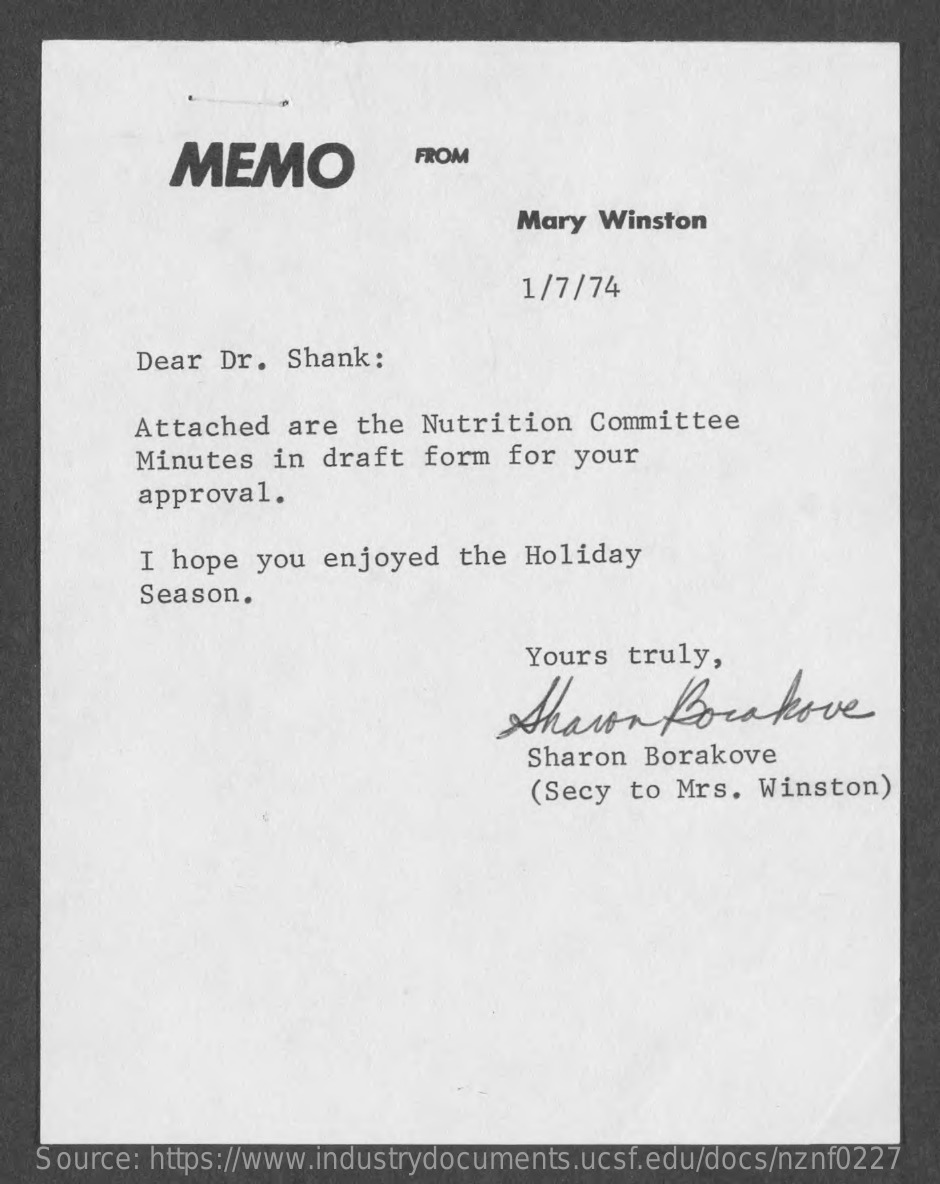
MEMO    FROM
     Mary  Winston
     1/7/74
     Dear Dr.  Shank:
     Attached  are the  Nutrition  Committee
     Minutes  in draft  form  for your
     approval.
     I hope  you enjoyed  the  Holiday
     Season.
     Yours  truly,
     Sharon    Borakove
     Sharon  Borakove
     (Secy to Mrs.  Winston)
   Source: https://www.industrydocuments.ucsf.edu/docs/nznf0227